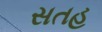
સતહ